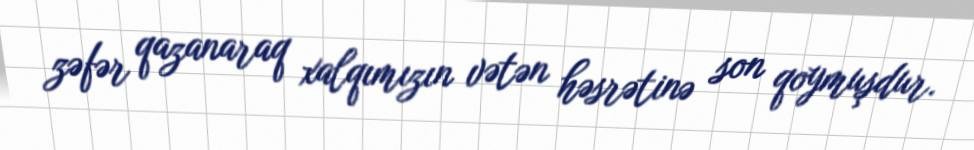
zəfər qazanaraq xalqımızın vətən həsrətinə son qoymuşdur.